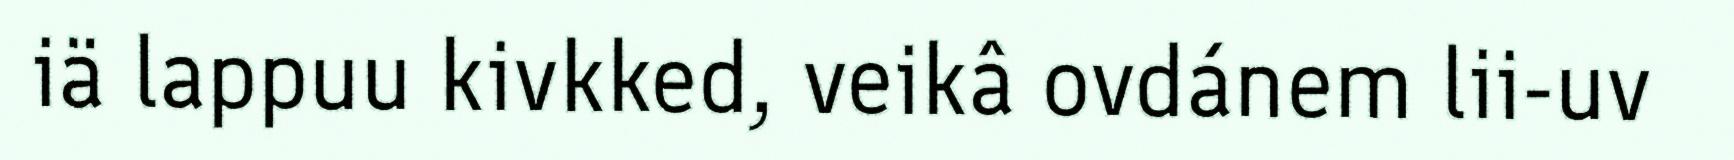
iä lappuu kivkked, veikâ ovdánem lii-uv